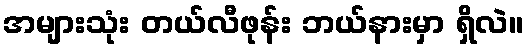
အများသုံး တယ်လီဖုန်း ဘယ်နားမှာ ရှိလဲ။